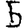
Digit: 5